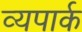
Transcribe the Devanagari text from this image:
व्यपार्क